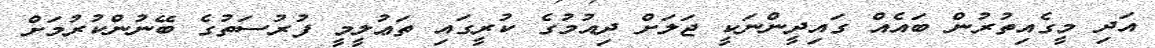
އަދި މީގެއިތުރުން ބައެއް ގައިދީންނަކީ ޖަލަށް ދިއުމުގެ ކުރީގައި ތަޢުލީމީ ފުރުސަތުގެ ބޭނުންކުރުމަށް